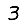
Digit: 3